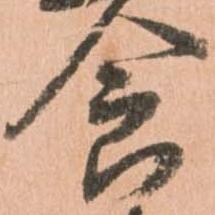
食